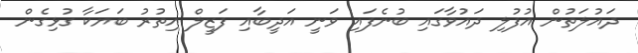
ދައުލަތުން އުފުލި ދައުވާގައި ބުނެފައި ވަނީ އަދީބާއި ފަޒީލް އިތުރު ބަޔަކާ ގުޅިގެން